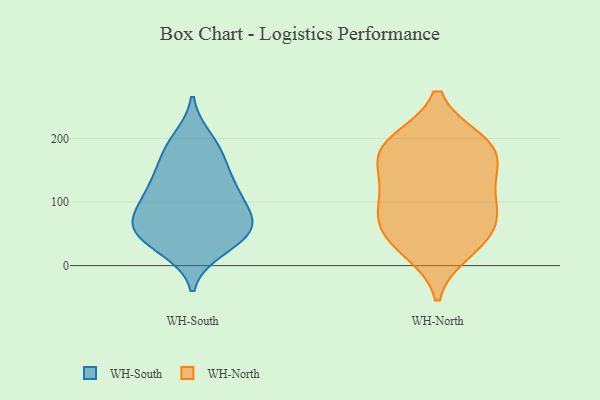
{"axis": {"x": "Waste Production (Tons)", "y": "Value"}, "legend": ["WH-North", "WH-South"], "data": [{"x": "", "y": 112, "type": "WH-South"}, {"x": "", "y": 42, "type": "WH-South"}, {"x": "", "y": 141, "type": "WH-South"}, {"x": "", "y": 168, "type": "WH-South"}, {"x": "", "y": 59, "type": "WH-South"}, {"x": "", "y": 184, "type": "WH-South"}, {"x": "", "y": 115, "type": "WH-South"}, {"x": "", "y": 41, "type": "WH-South"}, {"x": "", "y": 123, "type": "WH-South"}, {"x": "", "y": 198, "type": "WH-South"}, {"x": "", "y": 27, "type": "WH-South"}, {"x": "", "y": 65, "type": "WH-South"}, {"x": "", "y": 61, "type": "WH-South"}, {"x": "", "y": 80, "type": "WH-South"}, {"x": "", "y": 76, "type": "WH-South"}, {"x": "", "y": 89, "type": "WH-North"}, {"x": "", "y": 183, "type": "WH-North"}, {"x": "", "y": 155, "type": "WH-North"}, {"x": "", "y": 172, "type": "WH-North"}, {"x": "", "y": 40, "type": "WH-North"}, {"x": "", "y": 194, "type": "WH-North"}, {"x": "", "y": 107, "type": "WH-North"}, {"x": "", "y": 119, "type": "WH-North"}, {"x": "", "y": 55, "type": "WH-North"}, {"x": "", "y": 25, "type": "WH-North"}, {"x": "", "y": 68, "type": "WH-North"}, {"x": "", "y": 193, "type": "WH-North"}]}